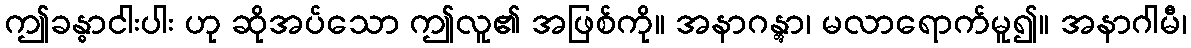
ဤခန္ဓာငါးပါး ဟု ဆိုအပ်သော ဤလူ၏ အဖြစ်ကို။ အနာဂန္တွာ၊ မလာရောက်မူ၍။ အနာဂါမီ၊